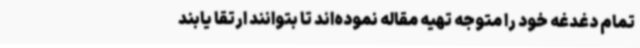
تمام دغدغه خود را متوجه تهیه مقاله نموده‌اند تا بتوانند ارتقا یابند